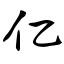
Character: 亿